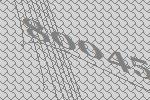
80045